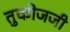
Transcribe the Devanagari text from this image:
तुकोजजी